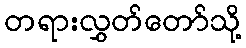
တရားလွှတ်တော်သို့